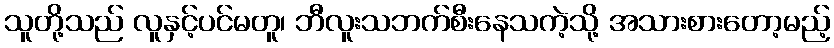
သူတို့သည် လူနှင့်ပင်မတူ၊ ဘီလူးသဘက်စီးနေသကဲ့သို့ အသားစားတော့မည့်